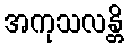
အကုသလန္တိ